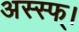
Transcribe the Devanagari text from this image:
अस्स्फ्।